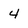
Character: 4